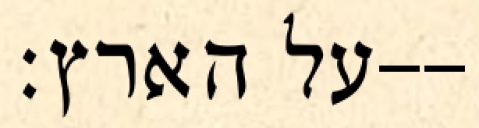
על הארץ׃--